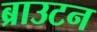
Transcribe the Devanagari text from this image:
ब्राउटन